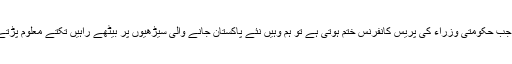
لیکن جب حکومتی وزراء کی پریس کانفرنس ختم ہوتی ہے تو ہم وہیں نئے پاکستان جانے والی سیڑھیوں پر بیٹھے راہیں تکتے معلوم پڑتے ہیں۔